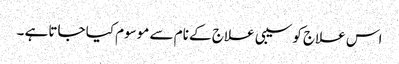
اس علاج کو سیبی علاج کے نام سے موسوم کیا جاتاہے ۔